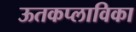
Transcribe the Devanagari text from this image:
ऊतकप्लाविका